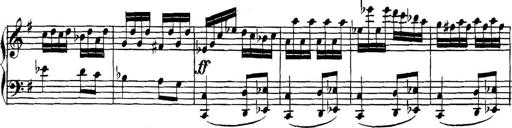
Title: Collected Piano Sonatas
Composer: Muzio Clementi